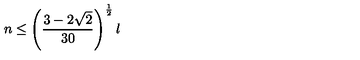
n \le \left( { \frac { 3 - 2 \sqrt { 2 } } { 3 0 } } \right) ^ { \frac { 1 } { 2 } } l